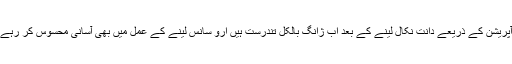
تاہم آپریشن کے ذریعے دانت نکال لینے کے بعد اب ژانگ بالکل تندرست ہیں ارو سانس لینے کے عمل میں بھی آسانی محسوس کر رہے ہیں۔